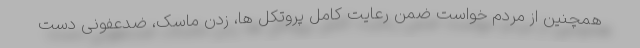
همچنین از مردم خواست ضمن رعایت کامل پروتکل ها، زدن ماسک، ضدعفونی دست